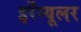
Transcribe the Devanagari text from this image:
इर्रेग्यूलर